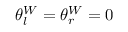
\theta _ { l } ^ { W } = \theta _ { r } ^ { W } = 0